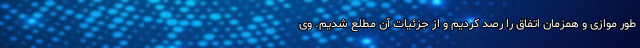
طور موازی و همزمان اتفاق را رصد کردیم و از جزئیات آن مطلع شدیم. وی